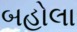
બહોલા